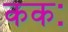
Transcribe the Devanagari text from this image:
ककः